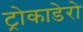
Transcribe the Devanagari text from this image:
ट्रोकाडेरो